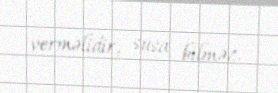
verməlidir, susa bilməz.